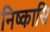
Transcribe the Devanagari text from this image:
निष्कासि